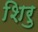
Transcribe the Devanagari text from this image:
शिरु